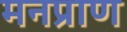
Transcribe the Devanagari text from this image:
मनप्राण